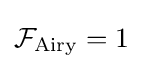
{\mathcal {F}}_{\rm {Airy}}=1